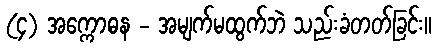
(၄) အက္ကောဓန - အမျက်မထွက်ဘဲ သည်းခံတတ်ခြင်း။